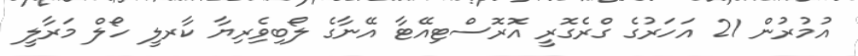
އުމުރުން 21 އަހަރުގެ ގްރެގޮރީ އޮރޮސްޓިއޭޓާ އޭނާގެ ލޯބިވެިރިޔާ ކާރލީ ހޯލް މަރާލީ